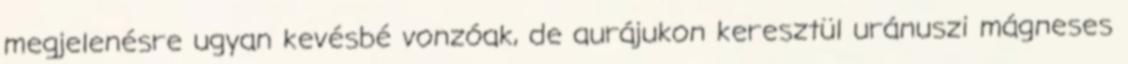
megjelenésre ugyan kevésbé vonzóak, de aurájukon keresztül uránuszi mágneses